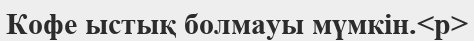
Кофе ыстық болмауы мүмкін.<p>